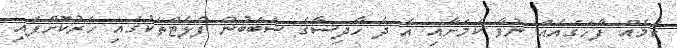
ކަމެއް ފާހަގައެއް ނުވާ ކަމަށާއި އެ ދެ ހާދިސާގެ ސަބަބުން ފްލެޓްތަކުގައި ހަރުކޮށްފައި